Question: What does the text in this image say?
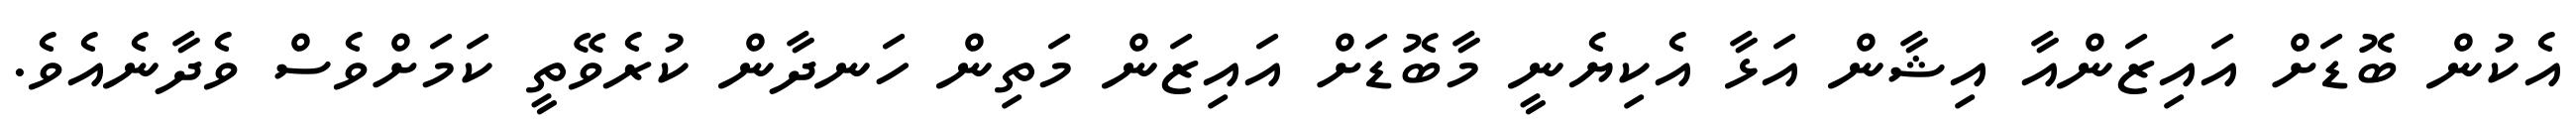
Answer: އެކުން ބޮޑަށް އައިޒަންއާ އިޝާން އަޅާ އެކިޔެނީ މާބޮޑަށް އައިޒަން މަތިން ހަނދާން ކުރެވޭތީ ކަމަށްވެސް ވެދާނެއެވެ.